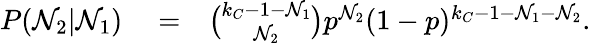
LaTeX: \begin{array}{rlr}{P(\mathcal{N}_{2}|\mathcal{N}_{1})}&{{}=}&{\binom{k_{C}-1-\mathcal{N}_{1}}{\mathcal{N}_{2}}p^{\mathcal{N}_{2}}(1-p)^{k_{C}-1-\mathcal{N}_{1}-\mathcal{N}_{2}}.}\end{array}